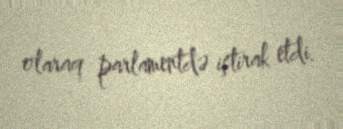
olaraq parlamentdə iştirak etdi.